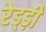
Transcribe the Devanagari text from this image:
रेड्ड़ी